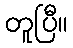
တူပြီ။